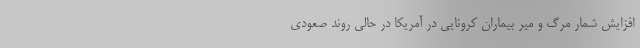
افزایش شمار مرگ و میر بیماران کرونایی در آمریکا در حالی روند صعودی